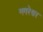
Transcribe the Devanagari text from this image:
नगरेश्वर